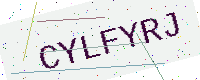
Text: CYLFYRJ